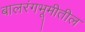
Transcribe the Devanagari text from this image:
बालरंगभूमीतील